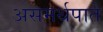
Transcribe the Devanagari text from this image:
असमर्थपाते